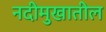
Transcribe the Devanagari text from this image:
नदीमुखातील